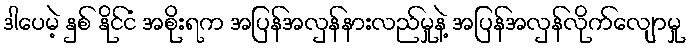
ဒါပေမဲ့ နှစ် နိုင်ငံ အစိုးရက အပြန်အလှန်နားလည်မှုနဲ့ အပြန်အလှန်လိုက်လျောမှု